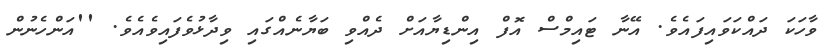
ވާހަކަ ދައްކަވައިފައެވެ. އޭނާ ޓައިމްސް އޮފް އިންޑިޔާއަށް ދެއްވި ބަޔާނެއްގައި ވިދާޅުވެފައިވެއެވެ. ''އަންހެނުން